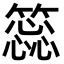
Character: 𥳝